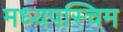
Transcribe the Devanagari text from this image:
मध्यपस्चिम